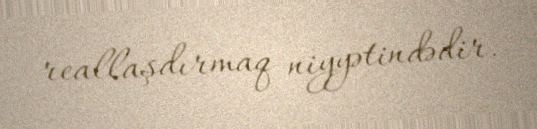
reallaşdırmaq niyyətindədir.